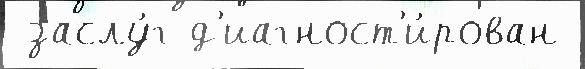
 заслу́г д'иагност'и́рован